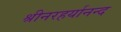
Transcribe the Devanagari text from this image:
श्रीनरहर्यानन्द